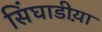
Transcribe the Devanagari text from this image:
सिंघाडीय़ा